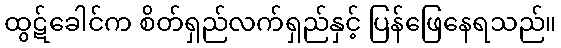
ထွဋ်ခေါင်က စိတ်ရှည်လက်ရှည်နှင့် ပြန်ဖြေနေရသည်။